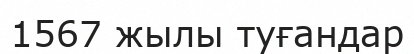
1567 жылы туғандар